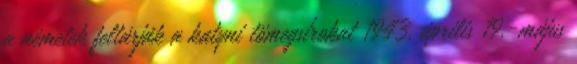
a németek feltárják a katyni tömegsírokat 1943. április 19.-május